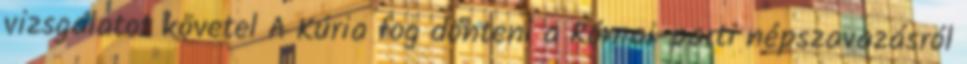
vizsgálatot követel A Kúria fog dönteni a Római-parti népszavazásról